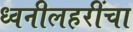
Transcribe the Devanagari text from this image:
ध्वनीलहरींचा